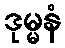
ဒုမ္မနံ